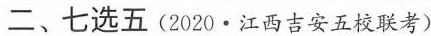
二、七选五(2020·江西吉安五校联考)